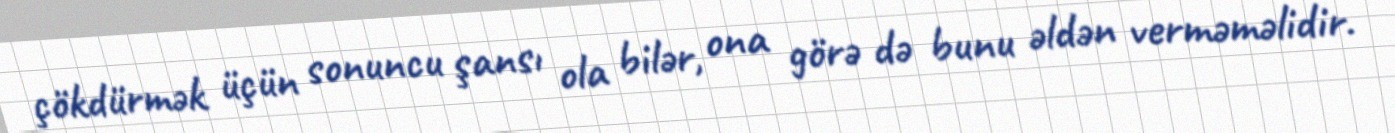
çökdürmək üçün sonuncu şansı ola bilər, ona görə də bunu əldən verməməlidir.